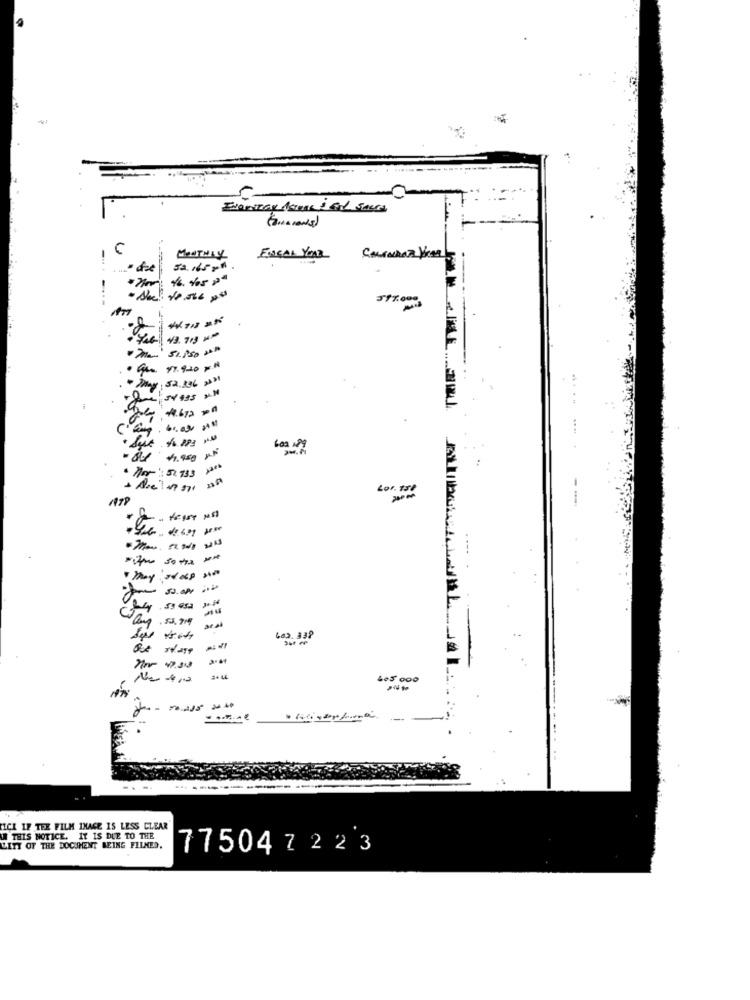
MONTHLY
ENCAL YOUR
52. 165 x"
43.713 MM
Gta 47.920 x#
- May: 52.196 >>"
54 435 2.3
1.672 1
1.450 Px
-----
They adop 200
Cam: 53.71
se al
463.338
ICK IF TEE FILM IMAGE IS LESS CLEAR
THIS NOTICE. IT IS DUE TO THE
LITT OF THE DOCUMENT BEING FILMED.
775047223